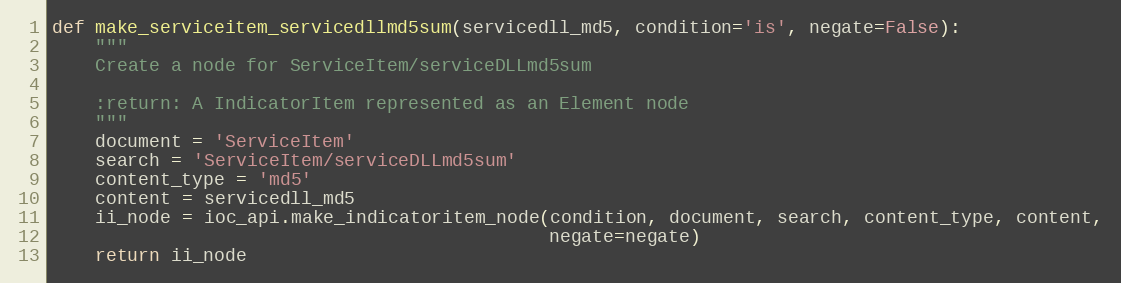
Language: Python
def make_serviceitem_servicedllmd5sum(servicedll_md5, condition='is', negate=False):
    """
    Create a node for ServiceItem/serviceDLLmd5sum

    :return: A IndicatorItem represented as an Element node
    """
    document = 'ServiceItem'
    search = 'ServiceItem/serviceDLLmd5sum'
    content_type = 'md5'
    content = servicedll_md5
    ii_node = ioc_api.make_indicatoritem_node(condition, document, search, content_type, content,
                                              negate=negate)
    return ii_node